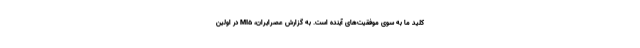
کلید ما به سوی موفقیت‌های آینده است. به گزارش عصرایران، MI5 در اولین